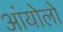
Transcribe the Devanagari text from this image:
आंयोलो